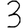
Digit: 3